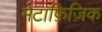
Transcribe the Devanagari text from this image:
मेटाफ़िज़िक